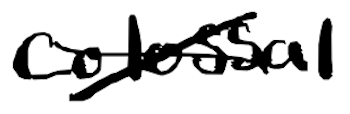
Text: colossal
Cross-out: cross
Writing tool: digital_black